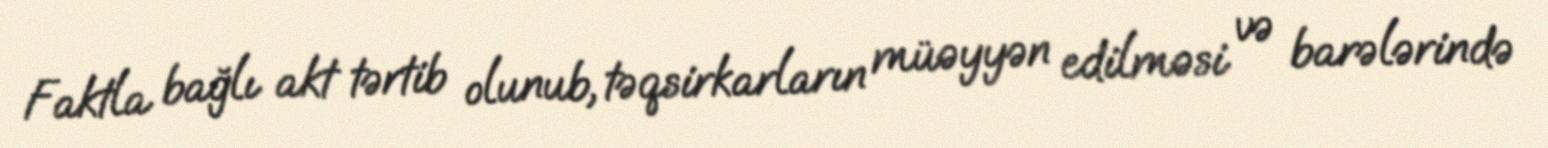
Faktla bağlı akt tərtib olunub, təqsirkarların müəyyən edilməsi və barələrində